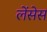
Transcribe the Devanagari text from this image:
लेंसेस